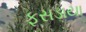
ફસડાયા